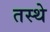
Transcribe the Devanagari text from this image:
तस्थे